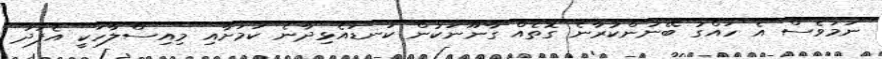
ނަމަވެސް އެ ހައްގު ބޭނުންކުރާނެ ގޮތެއް ގާނޫނަކުން ކަނޑައެޅިދާނެ ކަމަށާއި މިއިސްލާހަކީ އެފަދަ